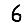
Digit: 6